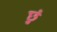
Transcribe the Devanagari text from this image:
छुं